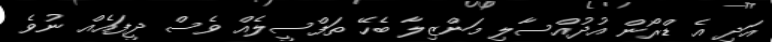
އަދި އެ ޑްރޯން އުދުއްސާލި މަންޒިލާ ބެހޭ ތަފްސީލެއް ވެސް ދީފައެއް ނުވެ